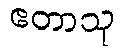
ဧတာသု